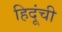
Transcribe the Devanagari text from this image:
हिदूंची